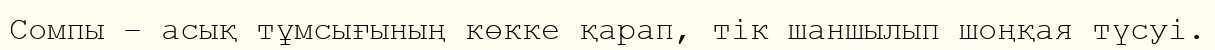
Сомпы – асық тұмсығының көкке қарап, тік шаншылып шоңқая түсуі.